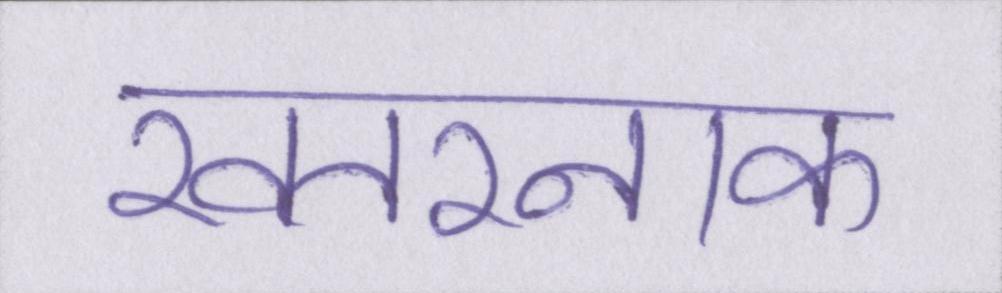
खतरनाक